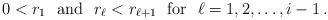
LaTeX: \begin{align*}0< r_1 \hbox{\rm\ \ and\ \ }r_\ell < r_{\ell+1}\hbox{\rm \ \ for\ \ }\ell = 1,2,\dots,i-1\,.\end{align*}